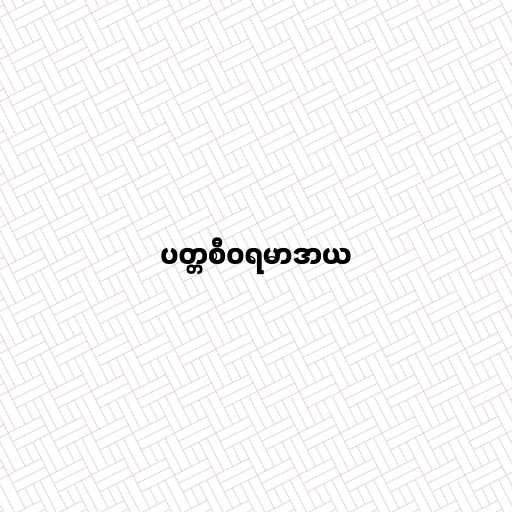
ပတ္တစီဝရမာဒာယ